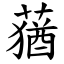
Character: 蕕